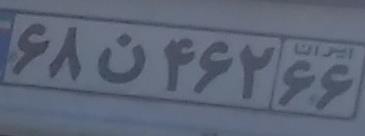
۶۸ن۴۶۲۶۶